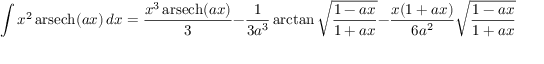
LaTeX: \int x ^ { 2 } \operatorname { a r s e c h } ( a x ) \, d x = { \frac { x ^ { 3 } \operatorname { a r s e c h } ( a x ) } { 3 } } - { \frac { 1 } { 3 a ^ { 3 } } } \arctan { \sqrt { \frac { 1 - a x } { 1 + a x } } } - { \frac { x ( 1 + a x ) } { 6 a ^ { 2 } } } { \sqrt { \frac { 1 - a x } { 1 + a x } } } + C